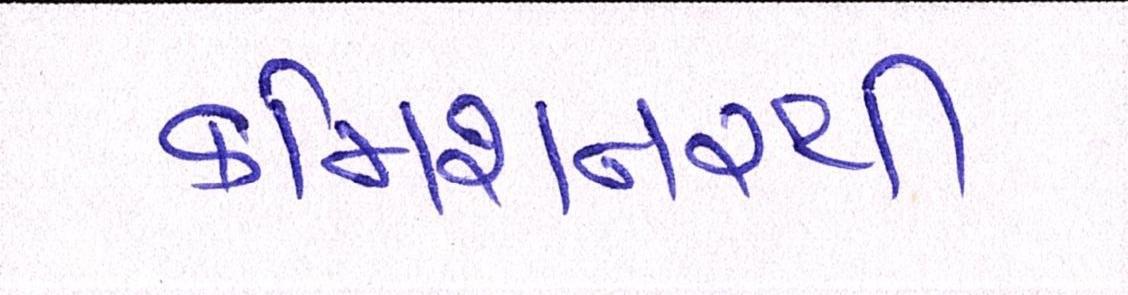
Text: કમિશનરથી